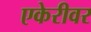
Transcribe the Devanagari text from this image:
एकेरीवर